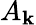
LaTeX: A_{\mathbf{k}}